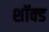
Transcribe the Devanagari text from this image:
शॉक्ड